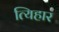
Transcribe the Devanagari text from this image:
त्यिहार